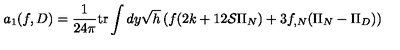
a _ { 1 } ( f , D ) = \frac 1 { 2 4 \pi } \mathrm { t r } \int d y \sqrt { h } \left( f ( 2 k + 1 2 { \cal S } \Pi _ { N } ) + 3 f _ { , N } ( \Pi _ { N } - \Pi _ { D } ) \right)